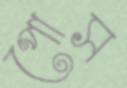
পোস